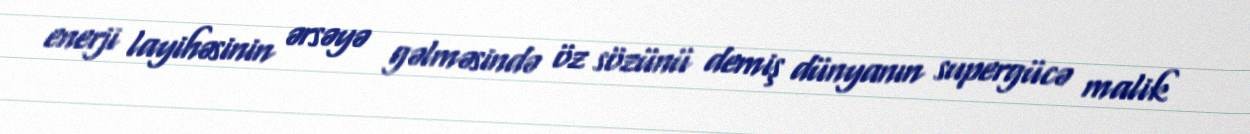
enerji layihəsinin ərsəyə gəlməsində öz sözünü demiş dünyanın supergücə malik